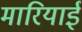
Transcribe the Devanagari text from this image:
मारियाई